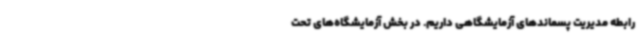
رابطه مدیریت پسماندهای آزمایشگاهی داریم. ‌در بخش آزمایشگاه‌های تحت